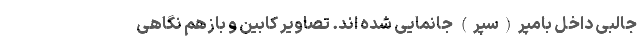
جالبی داخل بامپر(سپر) جانمایی شده اند. تصاویر کابین و بازهم نگاهی